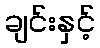
ချင်းနှင့်